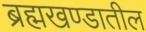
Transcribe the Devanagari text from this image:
ब्रह्मखण्डातील